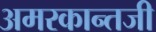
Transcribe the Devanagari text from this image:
अमरकान्तजी